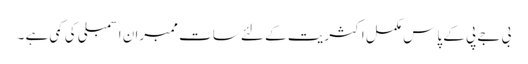
بی جے پی کے پاس مکمل اکثریت کے لئے سات ممبران اسمبلی کی کمی ہے ۔